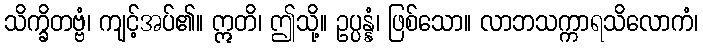
သိက္ခိတဗ္ဗံ၊ ကျင့်အပ်၏။ ဣတိ၊ ဤသို့။ ဥပ္ပန္နံ၊ ဖြစ်သော။ လာဘသက္ကာရသိလောကံ၊